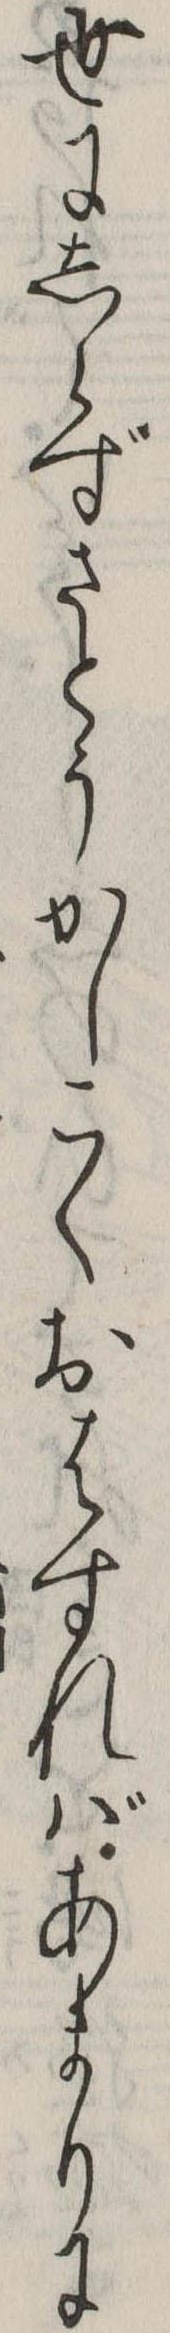
世にしらずさとうかしこくおはすればあまりに